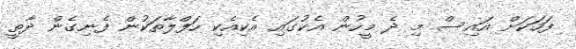
ފަހަކަށް އައިސް މި ދެ މީހުން އެކުގައި އެކިއެކި ހަފްލާތަކުން ފެނިގެން ދާތީ